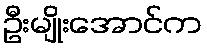
ဦးမျိုးအောင်က